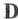
D